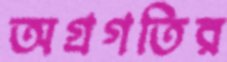
অগ্রগতির